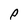
Character: P